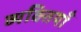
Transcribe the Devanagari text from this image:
व्यक्तियॉं